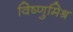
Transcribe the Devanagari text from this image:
विष्णुमिश्र